Madras plague regulations in force outside the Presidency town - Volume 6
Disease focus: Plague
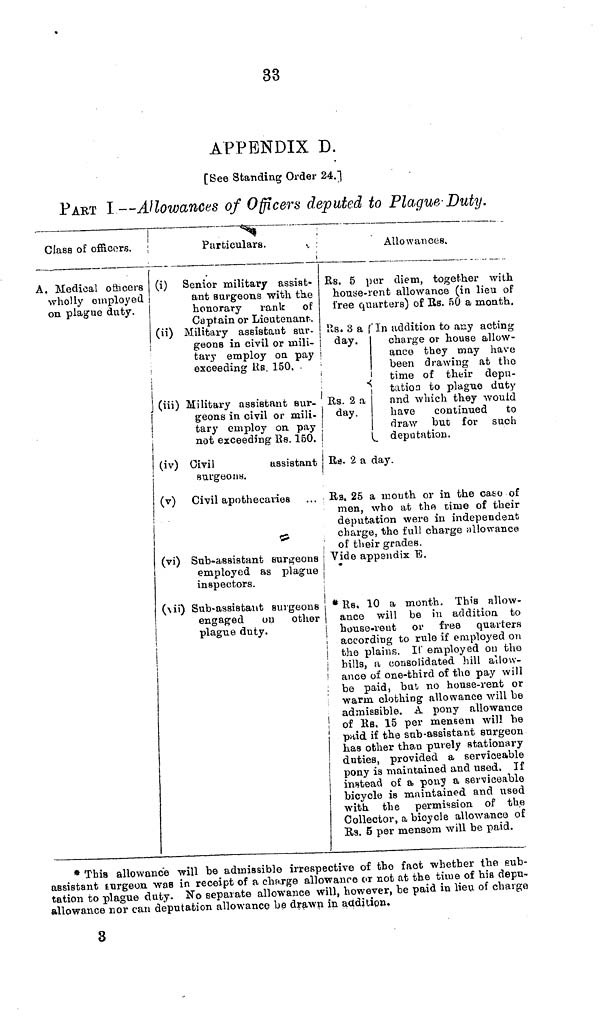
33
APPENDIX D.
[See Standing Order 24."|
PART I—Allowances of Officers deputed to Plague-Duty.
Class of officers.
A. Medical officers
wholly employed
on plague duty.
Particulars.
(i) Senior military assist-
ant surgeons with tke
honorary
rank of
Captain or Lieutenant,
(ii) Military assistaut sur-
geons in civil or mili-
tary employ on pay
exceeding Rs. 150.
iii) Military assistant Bur-
geons in civil or mili-
tary employ on. pay
not exceeding Rs. 150.
(iv) Civil
assistant
surgeons.
(v) Civil apothecaries
(vi) Sub-assistant surgeons
employed as plague
inspectors.
(Vii) Sub-assistant surgeons
engaged
on
other
plague duty.
Allowances.
Rs. 5 por diem, together with
house-rent allowance (in lieu of
free quarters) of Es. 50 a month.
Rs. 3 a fin addition to any acting
day.
charge or house allow-
ance they may have
been drawing at the
time of their depu-
tation to plague duty
Rs. 2 a
and which they would
day.
have
continued
to
draw but for such
deputation.
Rs. 2 a day.
Rs. 25 a mouth or in the case of
men, who at the time of their
deputation were in independent
charge, the full charge allowance
of their grades.
Vide appendix E.
* Rs, 10 a month. This allow-
ance will be in addition to
house-rent or free quarters
according to rule if employed on
the plains. If employed on the
hills, a consolidated hill allow-
ance of one-third of the pay will
be paid, but no house-rent or
warm clothing allowance will be
admissible. A pony allowance
of Rs. 15 per mensem will be
paid if the sub-assistant surgeon
has other than purely stationary
duties, provided a serviceable
pony is maintained and used. If
instead, of a pony a serviceable
bicycle is maintained and used
with the permission of the
Collector, a bicycle allowance of
Rs. 5 per mensem will be paid.
* This allowance will be admissible irrespective of the fact whether the sub-
assistant surgeon. was in receipt of a charge allowance or not at the time of his depu-
tation to plague duty. No separate allowance will, however, be paid in lieu of charge
allowance nor can deputation allowance be drawn in addition.
3